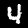
Label: 4